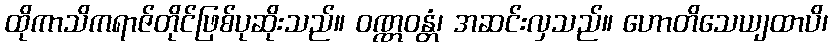
ထိုကာသိကရာဇ်တိုင်ဖြစ်ပုဆိုးသည်။ ဝဏ္ဏဝန္တံ၊ အဆင်းလှသည်။ ဟောတိသေယျထာပိ၊